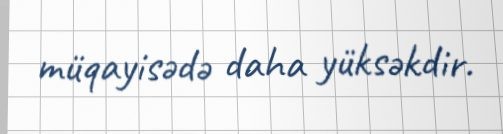
müqayisədə daha yüksəkdir.